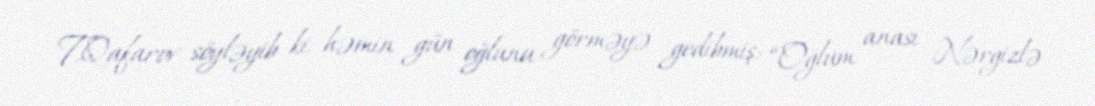
T.Qafarov söyləyib ki, həmin gün oğlunu görməyə gedibmiş: “Oğlum anası Nərgizlə